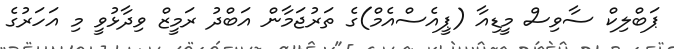
ޕަބްލިކް ސާވިސް މީޑިއާ (ޕީއެސްއެމް)ގެ ތަރުޖަމާން އަބްދު ރަމީޒް ވިދާޅުވީ މި އަހަރުގެ